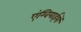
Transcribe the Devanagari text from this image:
एंग्वियाईयों